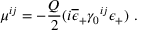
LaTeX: \mu ^ { i j } = - { \frac { Q } { 2 } } ( i \overline { { { \epsilon } } } _ { + } \gamma _ { 0 } { } ^ { i j } \epsilon _ { + } ) \ .